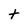
Character: t